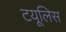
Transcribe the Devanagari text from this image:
टयूलिस